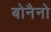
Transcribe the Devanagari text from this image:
बोनैनो